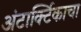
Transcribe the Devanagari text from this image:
अंटार्क्टिकाचा